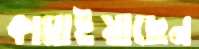
কামাইয়াছেন